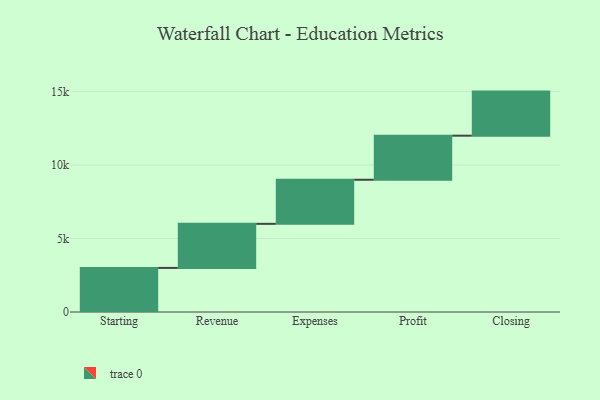
{"axis": {"x": "Step", "y": "Value"}, "legend": [""], "data": [{"x": "Starting", "y": 3000, "type": ""}, {"x": "Revenue", "y": 3000, "type": ""}, {"x": "Expenses", "y": 3000, "type": ""}, {"x": "Profit", "y": 3000, "type": ""}, {"x": "Closing", "y": 3000, "type": ""}]}